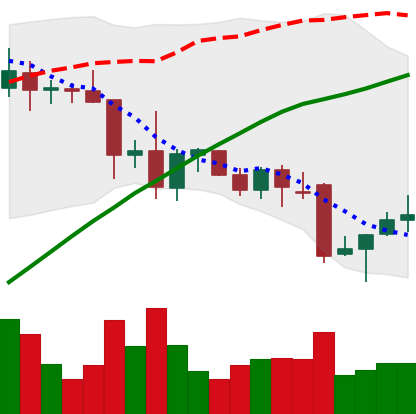
Ticker: XRP-USD
Chart end date: 2021-11-30
Forward return: -19.34%
Label: down_7plus